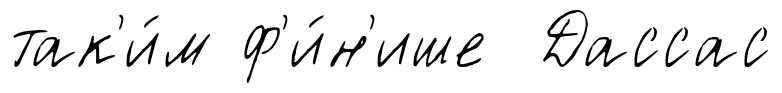
так'и́м ф'и́н'ише Дассас